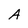
Character: A